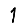
Digit: 1